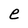
Character: e